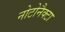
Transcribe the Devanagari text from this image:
नोटोनैक्टा